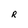
Character: R